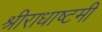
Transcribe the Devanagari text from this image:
श्रीराधाष्टमी